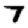
Digit: 7